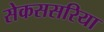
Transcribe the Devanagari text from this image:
सेकससरिया